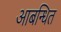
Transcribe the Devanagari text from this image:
आबन्धित